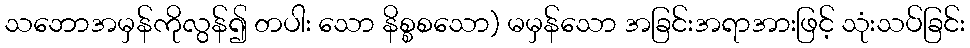
သဘောအမှန်ကိုလွန်၍ တပါး သော နိစ္စစသော) မမှန်သော အခြင်းအရာအားဖြင့် သုံးသပ်ခြင်း